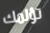
تؤلمك